Senior Leaving Certificate Examination (including Day School Certificate (Higher) General paper), 1947
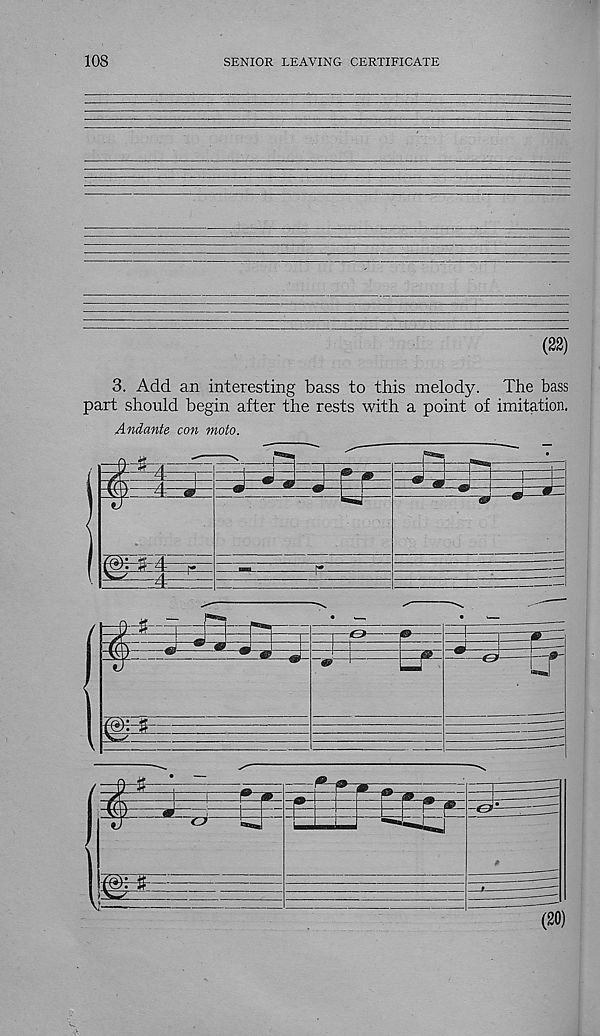
108
SENIOR LEAVING CERTIFICATE
(22)
3. Add an interesting bass to this melody. The bass
part should begin after the rests with a point of imitation.
Andante con moto.
(20)